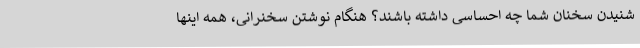
شنیدن سخنان شما چه احساسی داشته باشند؟ هنگام نوشتن سخنرانی، همه اینها